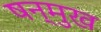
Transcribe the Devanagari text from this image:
षन्मुख